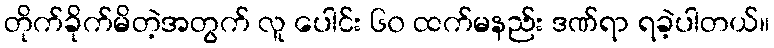
တိုက်ခိုက်မိတဲ့အတွက် လူ ပေါင်း ၆၀ ထက်မနည်း ဒဏ်ရာ ရခဲ့ပါတယ်။